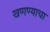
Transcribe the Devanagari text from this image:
खणण्याचा